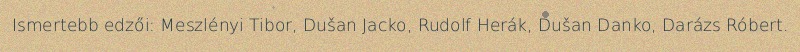
Ismertebb edzői: Meszlényi Tibor, Dušan Jacko, Rudolf Herák, Dušan Danko, Darázs Róbert.